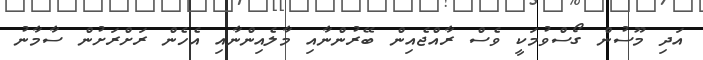
އަދި މޫސުން ގޯސްވުމަކީ ވެސް ރާއްޖެއިން ބޭރުންނާއި މާލެއިންނާއި އެހެން ރަށްރަށުން ސާމާނު